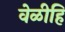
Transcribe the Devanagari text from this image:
वेळीहि